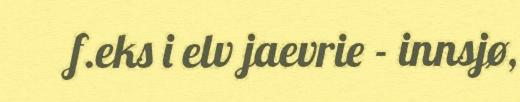
f.eks i elv jaevrie - innsjø,